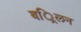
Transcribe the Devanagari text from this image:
बर्िलन